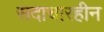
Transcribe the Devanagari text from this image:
सदाचारहीन